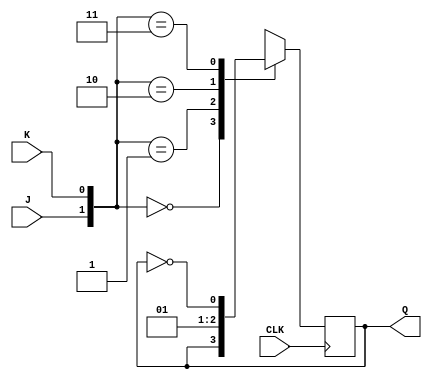
`timescale 1ns / 1ps
//////////////////////////////////////////////////////////////////////////////////
// Company: 
// Engineer: 
// 
// Design Name: 
// Module Name: Asynchronous_down_counter
// Project Name: 
// Target Devices: 
// Tool Versions: 
// Description: 
// 
// Dependencies: 
// 
// Revision:
// Revision 0.01 - File Created
// Additional Comments:
// 
//////////////////////////////////////////////////////////////////////////////////
module JK(Q,J,K,CLK);
input J,K,CLK;
output reg Q;
initial Q=1'b1;
always @ (posedge CLK)
case({J,K})
2'b00: Q<=Q;
2'b01: Q<=1'b0;
2'b10: Q<=1'b1;
2'b11: Q<=~Q;
endcase
endmodule

module Asynchronous_down_counter(Q,CLK);
input CLK;
output [2:0]Q;
JK   A (Q[0],1'b1,1'b1,CLK),
      B (Q[1],1'b1,1'b1,Q[0]),
      C (Q[2],1'b1,1'b1,Q[1]);
endmodule